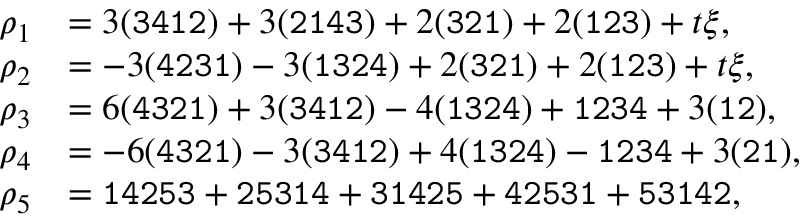
\begin{array} { r l } { \rho _ { 1 } } & { = 3 ( { \small \mathrm { \tt { 3 4 1 2 } } } ) + 3 ( { \small \mathrm { \tt { 2 1 4 3 } } } ) + 2 ( { \small \mathrm { \tt { 3 2 1 } } } ) + 2 ( { \small \mathrm { \tt { 1 2 3 } } } ) + t \xi , } \\ { \rho _ { 2 } } & { = - 3 ( { \small \mathrm { \tt { 4 2 3 1 } } } ) - 3 ( { \small \mathrm { \tt { 1 3 2 4 } } } ) + 2 ( { \small \mathrm { \tt { 3 2 1 } } } ) + 2 ( { \small \mathrm { \tt { 1 2 3 } } } ) + t \xi , } \\ { \rho _ { 3 } } & { = 6 ( { \small \mathrm { \tt { 4 3 2 1 } } } ) + 3 ( { \small \mathrm { \tt { 3 4 1 2 } } } ) - 4 ( { \small \mathrm { \tt { 1 3 2 4 } } } ) + { \small \mathrm { \tt { 1 2 3 4 } } } + 3 ( { \small \mathrm { \tt { 1 2 } } } ) , } \\ { \rho _ { 4 } } & { = - 6 ( { \small \mathrm { \tt { 4 3 2 1 } } } ) - 3 ( { \small \mathrm { \tt { 3 4 1 2 } } } ) + 4 ( { \small \mathrm { \tt { 1 3 2 4 } } } ) - { \small \mathrm { \tt { 1 2 3 4 } } } + 3 ( { \small \mathrm { \tt { 2 1 } } } ) , } \\ { \rho _ { 5 } } & { = { \small \mathrm { \tt { 1 4 2 5 3 } } } + { \small \mathrm { \tt { 2 5 3 1 4 } } } + { \small \mathrm { \tt { 3 1 4 2 5 } } } + { \small \mathrm { \tt { 4 2 5 3 1 } } } + { \small \mathrm { \tt { 5 3 1 4 2 } } } , } \end{array}